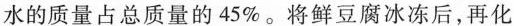
水的质量占总质量的45\%。将鲜豆腐冰冻后，再化